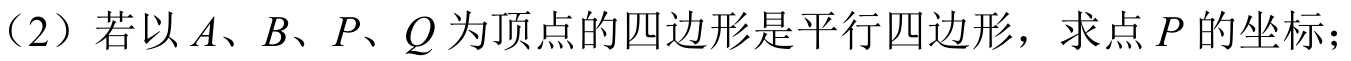
（2）若以$A$、$B$、$P$、$Q$为顶点的四边形是平行四边形，求点$P$的坐标；